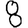
Digit: 8